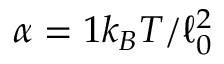
\alpha = 1 k _ { B } T / \ell _ { 0 } ^ { 2 }